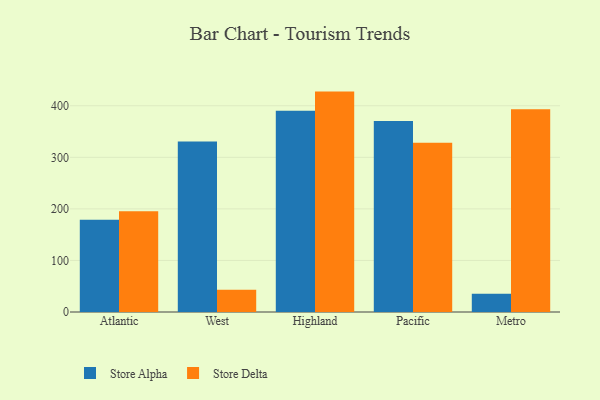
{"axis": {"x": "Region", "y": "Latency (ms)"}, "legend": ["Store Alpha", "Store Delta"], "data": [{"x": "Atlantic", "y": 179.1, "type": "Store Alpha"}, {"x": "Atlantic", "y": 195.6, "type": "Store Delta"}, {"x": "West", "y": 330.6, "type": "Store Alpha"}, {"x": "West", "y": 43.1, "type": "Store Delta"}, {"x": "Highland", "y": 390.2, "type": "Store Alpha"}, {"x": "Highland", "y": 427.5, "type": "Store Delta"}, {"x": "Pacific", "y": 370.4, "type": "Store Alpha"}, {"x": "Pacific", "y": 328.2, "type": "Store Delta"}, {"x": "Metro", "y": 35.4, "type": "Store Alpha"}, {"x": "Metro", "y": 393.4, "type": "Store Delta"}]}